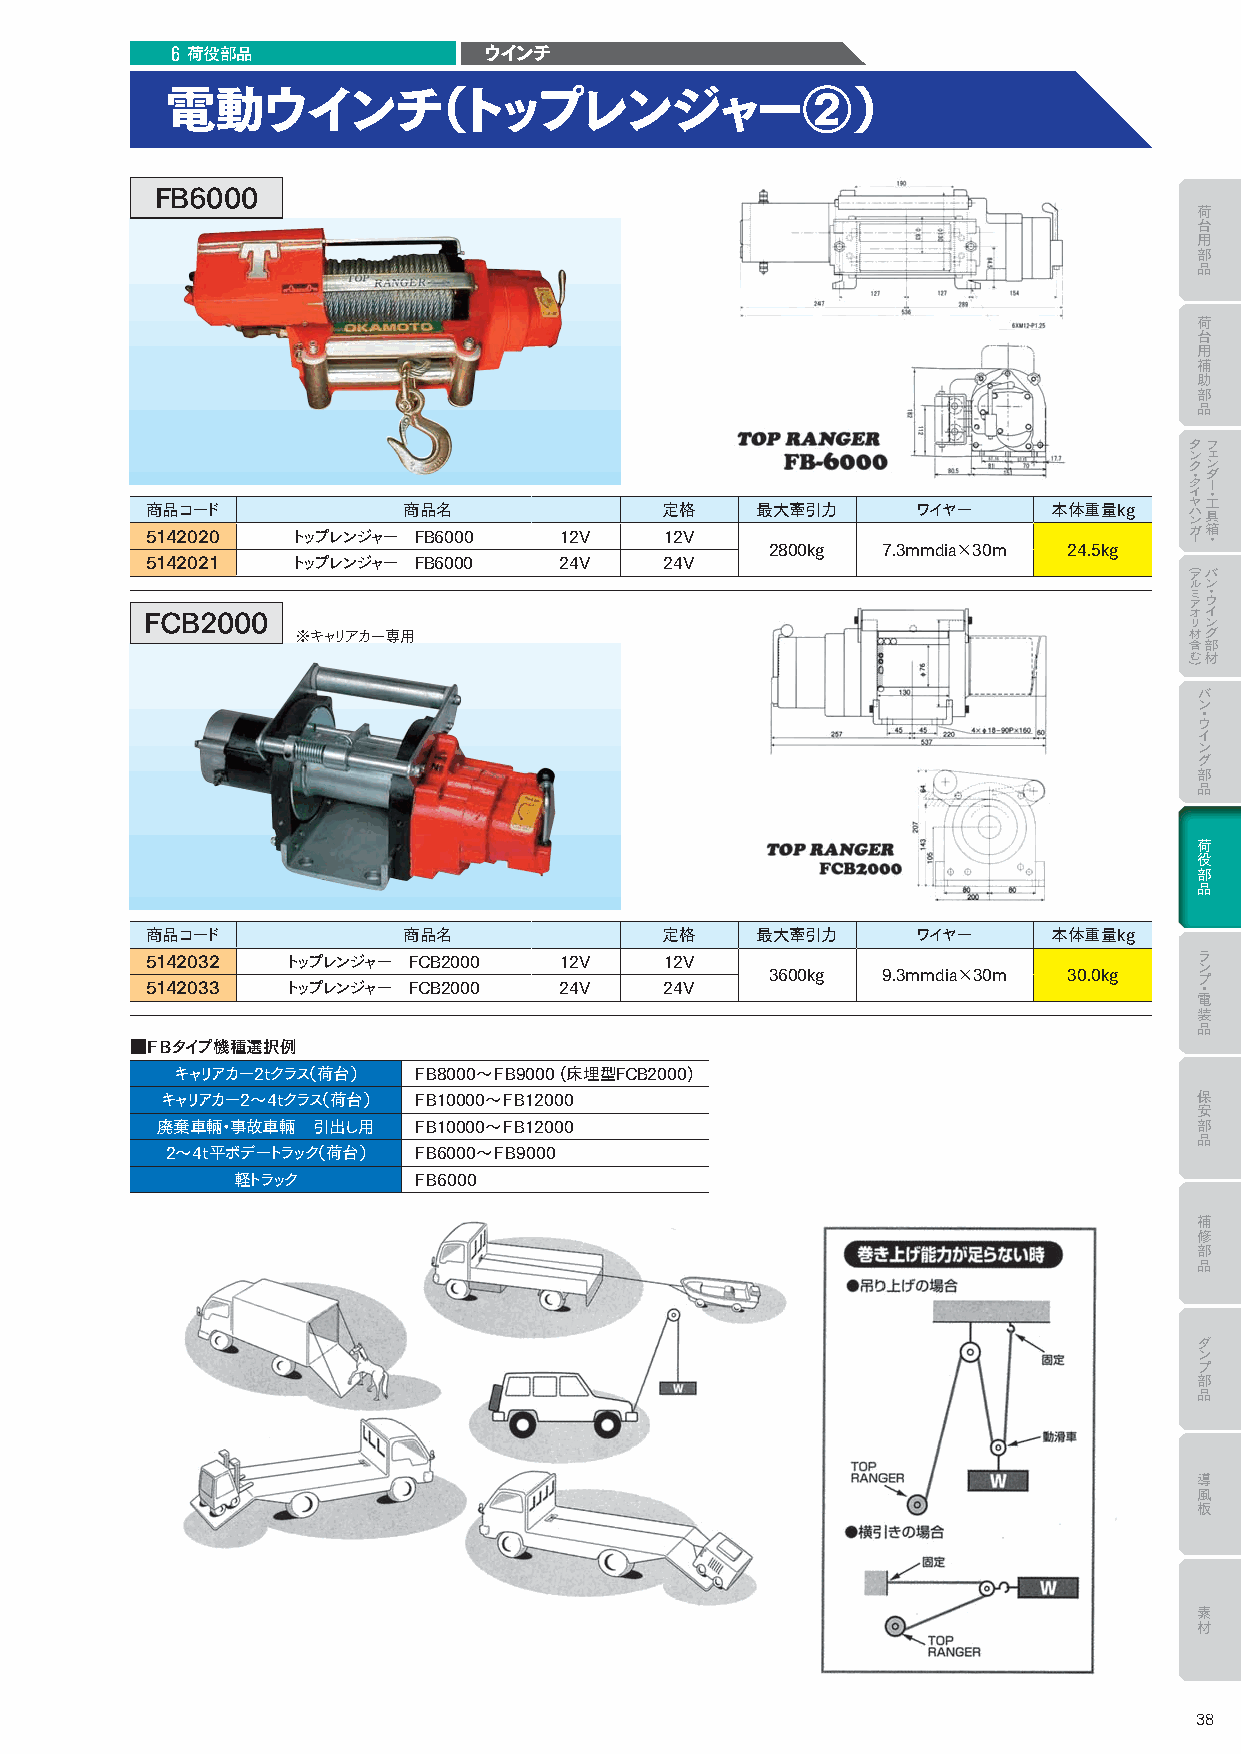
6
 荷役部品               ウインチ
 電動ウインチ（トップレンジャー②）
 FB6000
 荷
 台
 用
 部
 品
 荷
 台
 用
 補
 助
 部
 品
 タフ
 ンェ
 クン
 ・ダ
 ター
 イ・
 ヤ工
 商品コード            商品名              定格    最大牽引力      ワイヤー     本体重量kg   ハ ン具
 ガ箱
 5142020  トップレンジャー FB6000   12V    12V                                ー・
 2800kg  7.3mmdia×30m 24.5kg
 5142021  トップレンジャー FB6000   24V    24V
 ア ル ミ ア オバ ン ・ ウ イ
 FCB2000                                                              リン
 ※キャリアカー専用                                                  材グ
 含部
 む材
 バ
 ン
 ・
 ウ
 イ
 ン
 グ
 部
 品
 荷
 役
 部
 品
 商品コード            商品名              定格    最大牽引力      ワイヤー     本体重量kg
 ラ
 5142032  トップレンジャー FCB2000  12V    12V                                ン
 3600kg  9.3mmdia×30m 30.0kg プ
 5142033  トップレンジャー FCB2000  24V    24V                                ・
 電
 装
 品
 ■ＦＢタイプ機種選択例
 キャリアカー2ｔクラス（荷台） ＦＢ8000〜ＦＢ9000 (床埋型FCB2000)
 保
 キャリアカー2〜4ｔクラス（荷台） ＦＢ10000〜ＦＢ12000
 安
 廃棄車輛・事故車輛 引出し用  ＦＢ10000〜ＦＢ12000                                     部
 品
 2〜4ｔ平ボデートラック（荷台） ＦＢ6000〜ＦＢ9000
 軽トラック      ＦＢ6000
 補
 修
 部
 品
 ダ
 ン
 プ
 部
 品
 導
 風
 板
 素
 材
 38
 (
 )